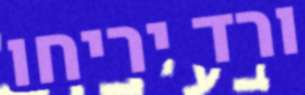
ורד יריחו